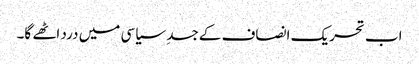
اب تحریک انصاف کے جسدِ سیاسی میں درد اٹھے گا۔